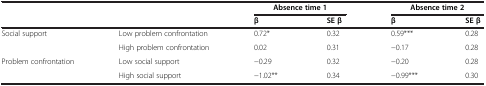
<table><thead><tr><td><b> </b></td><td><b> </b></td><td colspan="2"><b>Absence time 1</b></td><td colspan="2"><b>Absence time 2</b></td></tr><tr><td><b> </b></td><td><b> </b></td><td><b>β</b></td><td><b>SE β</b></td><td><b>β</b></td><td><b>SE β</b></td></tr></thead><tbody><tr><td>Social support</td><td>Low problem confrontation</td><td>0.72*</td><td>0.32</td><td>0.59***</td><td>0.28</td></tr><tr><td> </td><td>High problem confrontation</td><td>0.02</td><td>0.31</td><td>−0.17</td><td>0.28</td></tr><tr><td rowspan="2">Problem confrontation</td><td>Low social support</td><td>−0.29</td><td>0.32</td><td>−0.20</td><td>0.28</td></tr><tr><td>High social support</td><td>−1.02**</td><td>0.34</td><td>−0.99***</td><td>0.30</td></tr></tbody></table>